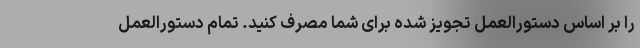
را بر اساس دستورالعمل تجویز شده برای شما مصرف کنید. تمام دستورالعمل